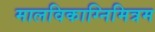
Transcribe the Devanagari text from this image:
मालविकाग्निमित्रम